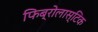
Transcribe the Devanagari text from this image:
फिब्रोलास्टिक